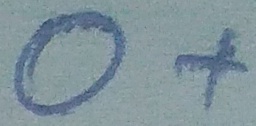
Text: O+